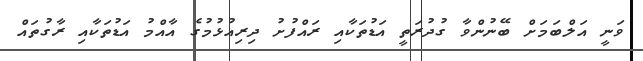
ވަނީ އަލްބަމަށް ބޭނުންވާ ގުދުރަތީ އަޑުތަކާއި ރައްފުށު ދިރިއުޅުމުގެ އާއްމު އަޑުތަކާއި ރާގުތައް